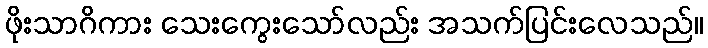
ဖိုးသာဂိကား သေးကွေးသော်လည်း အသက်ပြင်းလေသည်။